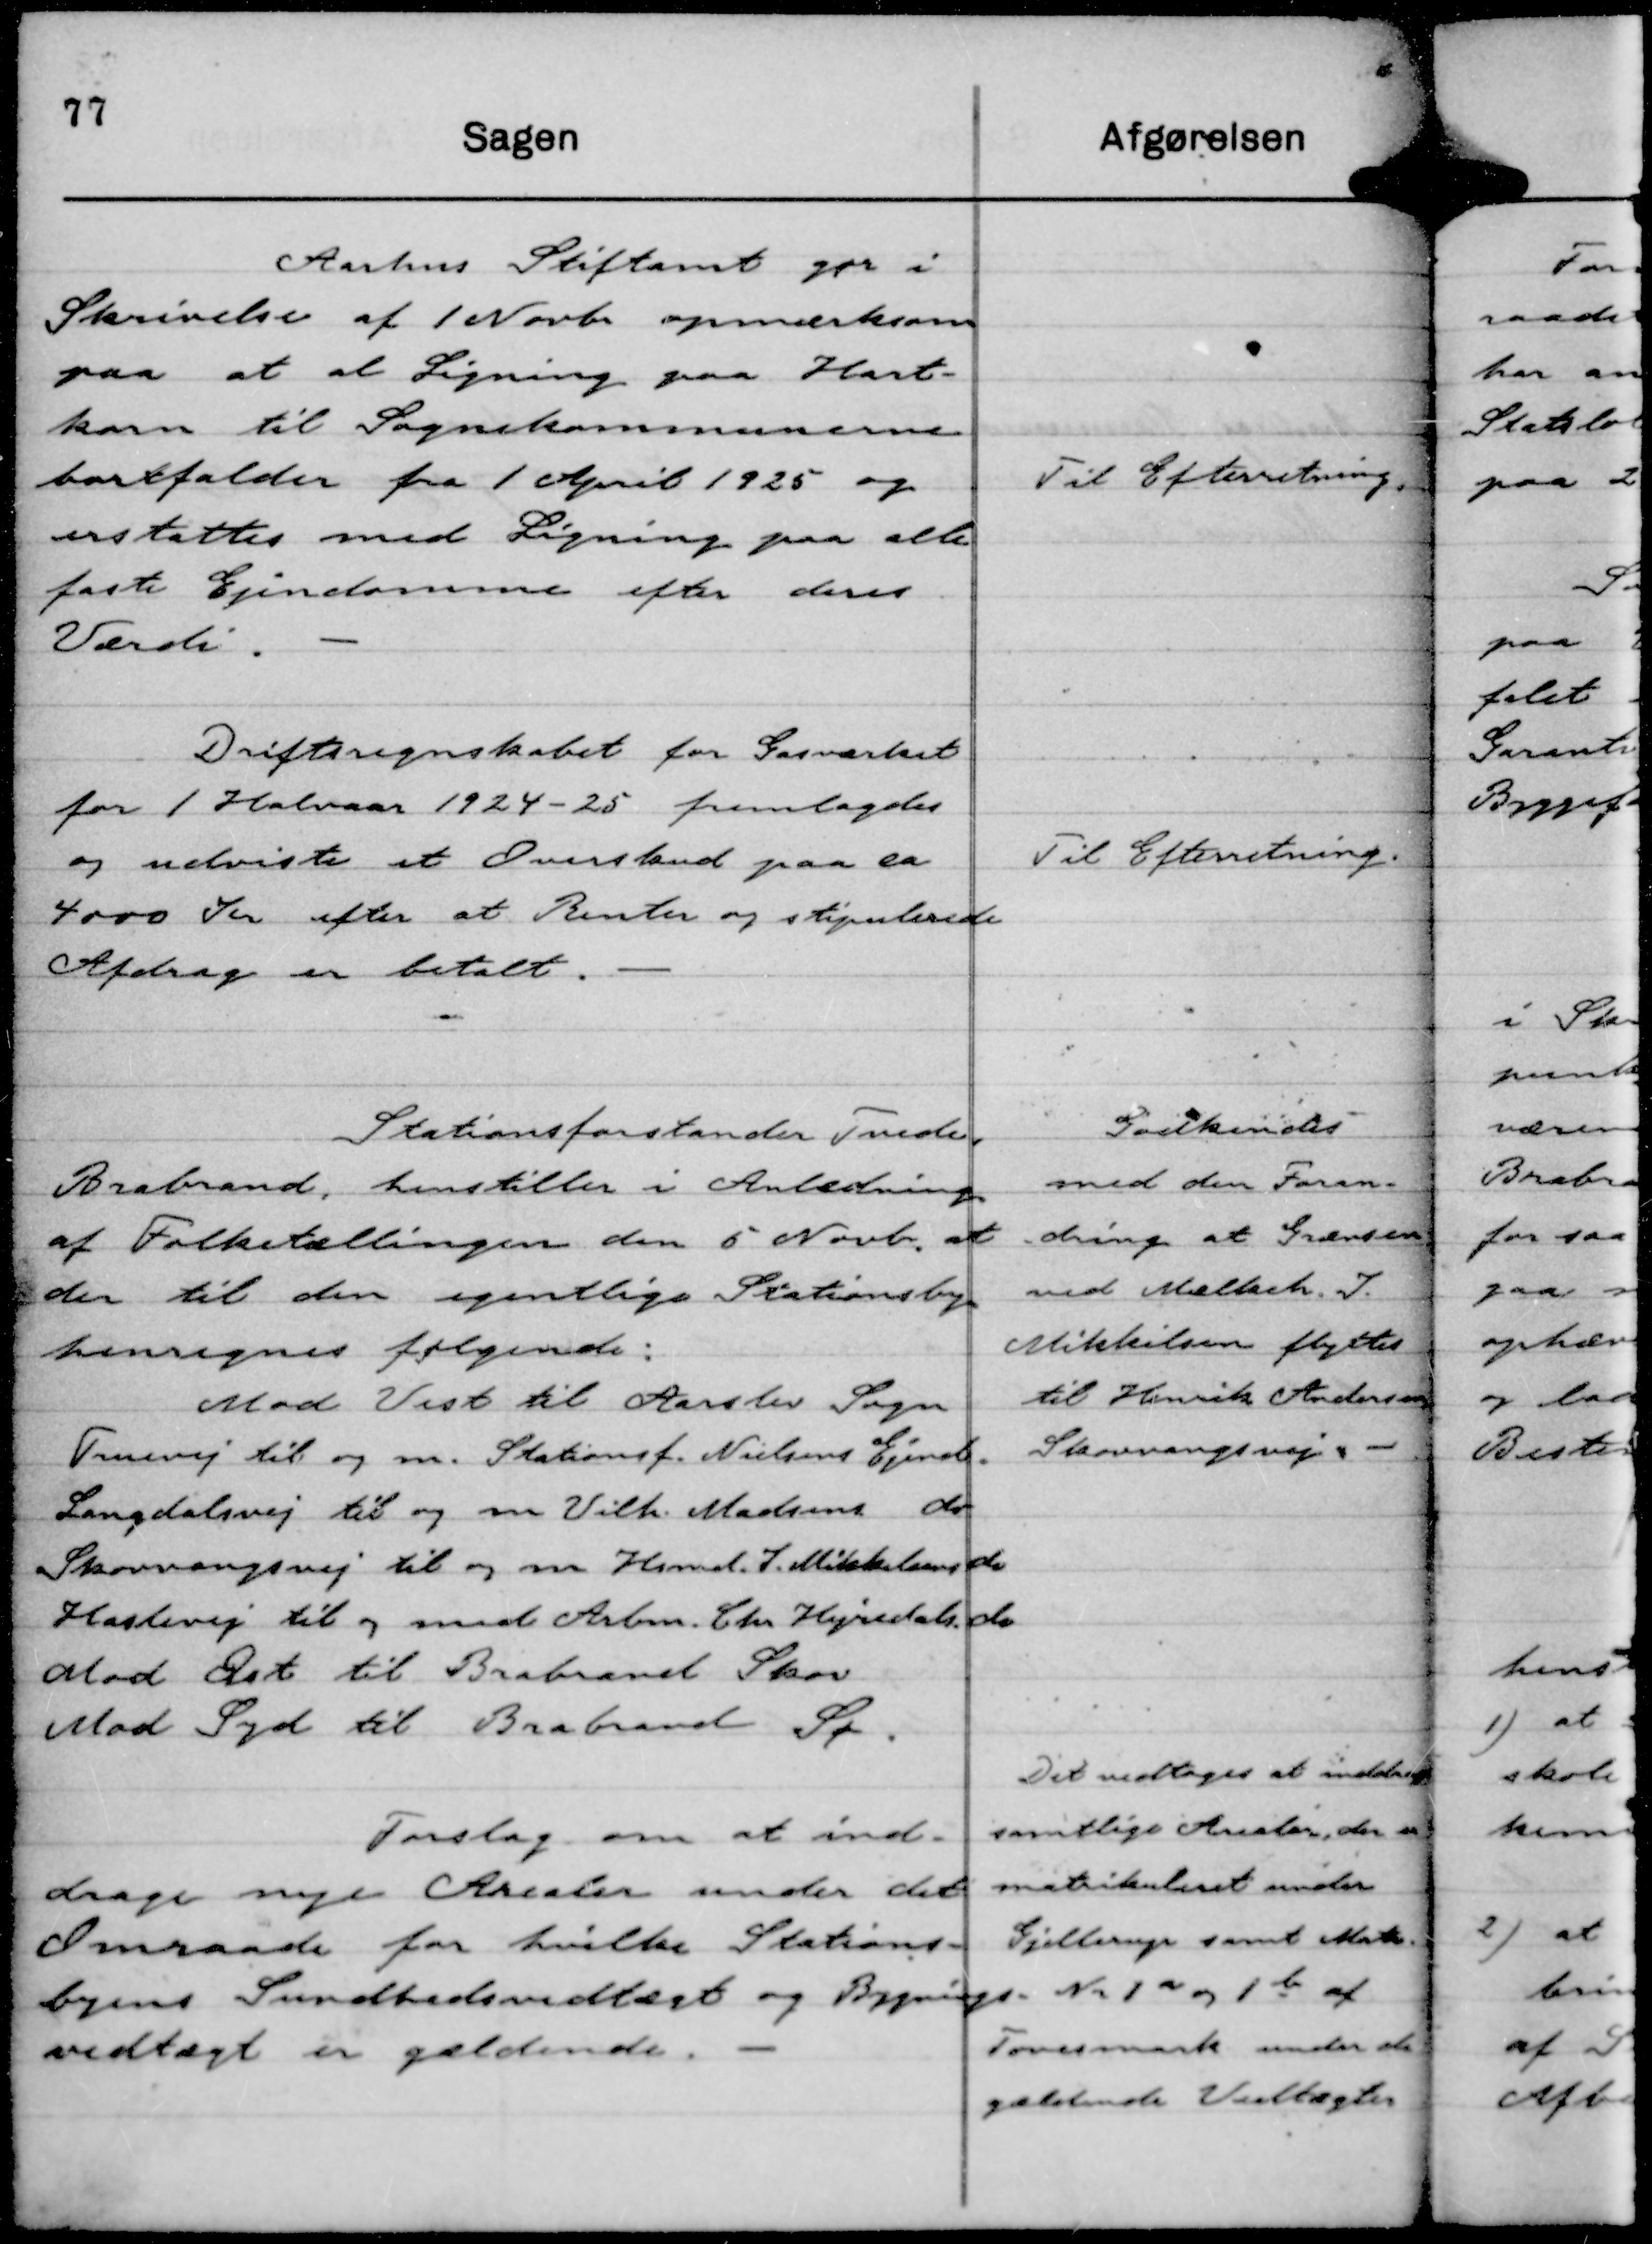
Transskription:
Aarhus Stiftamt gør i
Skrivelse af 1 Novbr opmærksom
paa at al Ligning paa Hart-
korn til Sognekommunerne
bortfalder fra 1 April 1925 og
erstattes med Ligning paa alle
faste Ejendomme efter deres
Værdi.

Til Efterretning.

Driftsregnskabet for Gasværket
for 1 Halvaar 1924 - 25 fremlagdes
og udviste et Overskud paa ca
4000 Kr efter at Renter og stipulerede
Afdrag er betalt.

Til Efterretning.

Stationsforstander Tvede,
Brabrand, henstiller i Anledning
af Folketællingen den 5 Novbr, at
der til den egentlige Stationsby
henregnes følgende:
Mod Vest til Aarslev Sogn
Truevej til og m. Stationsf. Nielsens Ejend.
Langdalsvej til og m Vilh. Madsens do
Skovvangsvej til og m Hsmd. J. Mikkelsens do
Haslevej til og med Arbm. Chr Hejredals do
Mod Øst til Brabrand Skov
Mod Syd til Brabrand Sø.

Godkendes
med den Foran-
dring at Grænsen
ved Mølbach J.
Mikkelsen flyttes
til Henrik Andersen,
Skovvangsvej.

Forslag om at ind-
drage nye Arealer under det
Omraade for hvilke Stations-
byens Sundhedsvedtægt og Bygnings-
vedtægt er gældende.

Det vedtoges at inddrage
samtlige Arealer, der er
matrikuleret under
Gjellerup samt Matr.
Nr 1 a og 1 b af
Tovesmark under de
gældende Vedtægter